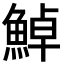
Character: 𩷹